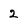
Character: 2